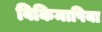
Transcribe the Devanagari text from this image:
विकिमापिया